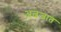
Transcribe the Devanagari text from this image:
अल्नजात